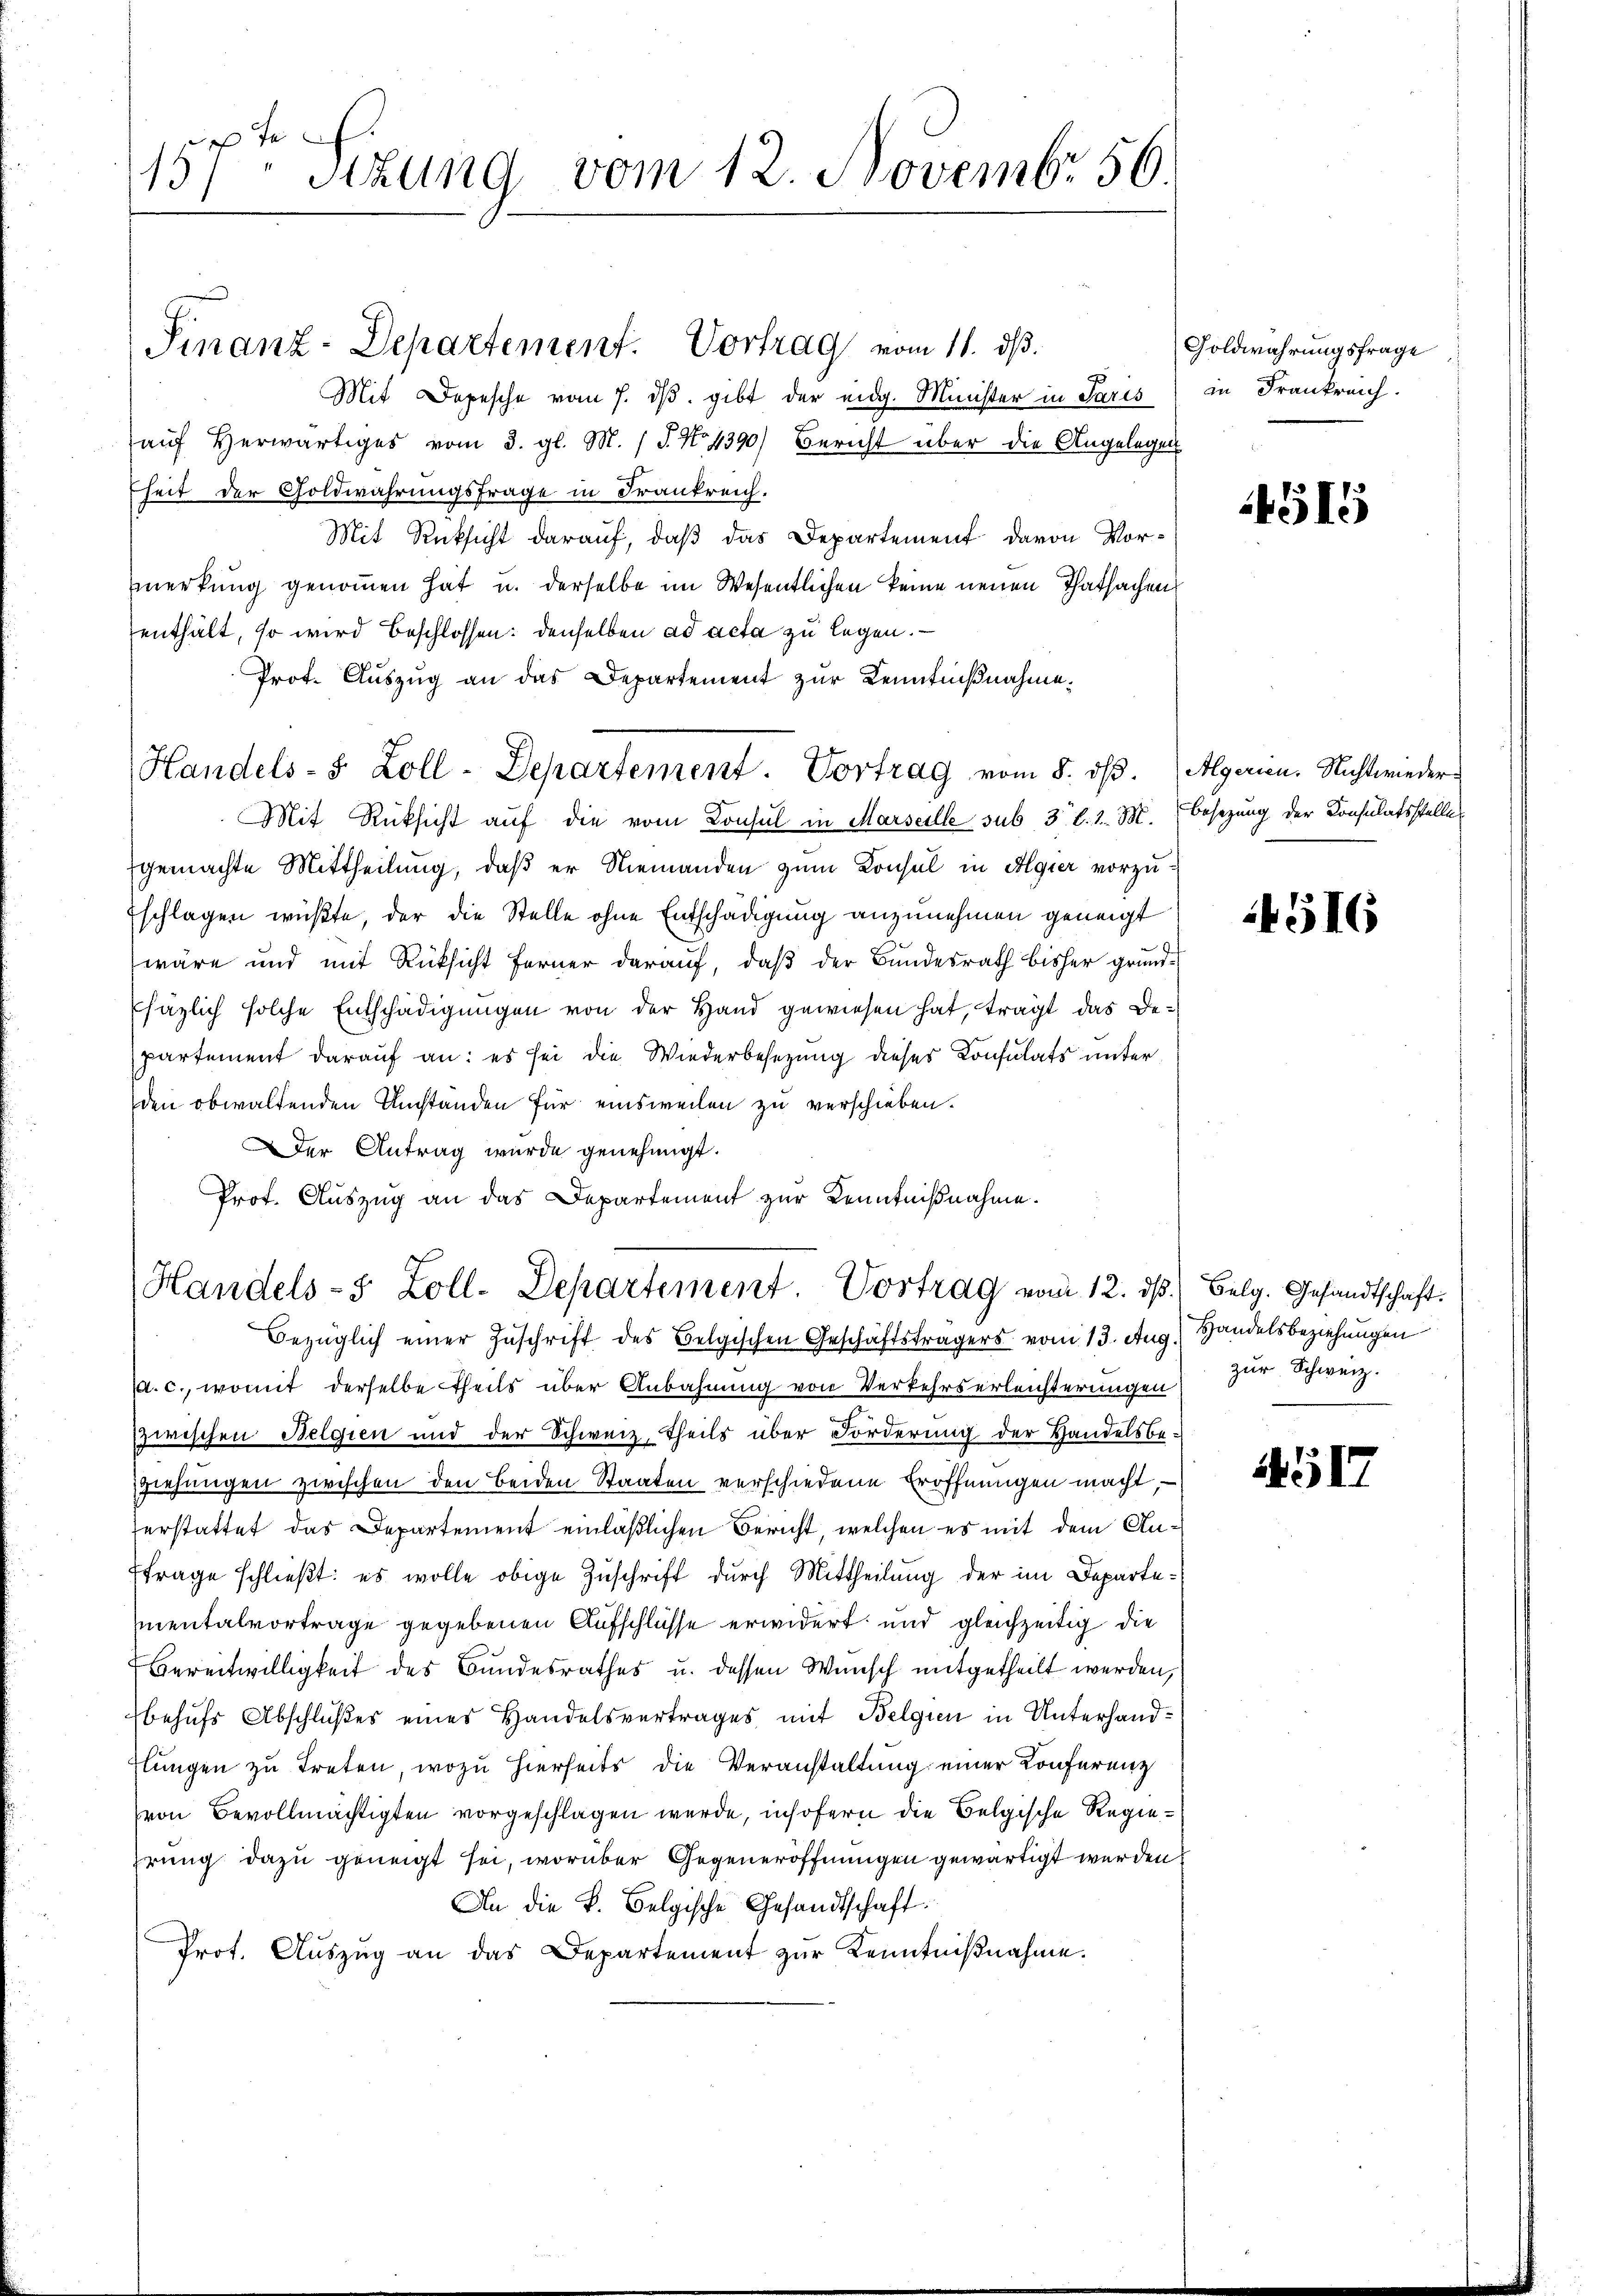
te
13) Sitzung vom 12. Novembr. 56.

Mit Depesche vom 7. dβ. gibt der eidg. Minister in Paris
aŭf herwärtiges vom 3. gl. M. / 5. No 1390) Bericht über die Angelegen
heit der Goldwahrungsfrage in Frankreich.
Mit Rücksicht darauf, daß das Departement davon Vormerkung genommen hat u. derselbe im Wesentlichen keine neuen Thatsachen
enthält, so wird beschlossen: denselben ad acta zu legen.
Prot. Auszug an das Departement zur Kenntnißnahme.
Mit Rüksicht auf die vom Consul in Marseille sub 3 l. 1. M. besezung der Konsulatsstelle
gemachte Mittheilung, daß er Niemanden zum Konsul in Algier vorzu¬
Eschlagen wüßte, der die Stelle ohne Entschädigung anzunehmen geneigt
wäre und mit Rücksicht ferner darauf, daß der Bundesrath bisher grund-
häzlich solche Entschädigŭngen von der Hand gewiesen hat, trägt das De-
partement darauf an: es sei die Wiederbesezung dieses Consulats unter
den obwaltenden Umständen für einsweilen zu verschieben.
der Antrag wurde genehmigt.
Prof. Auszug an das Departement zur Kenntnißnahme.

Finanz-Departement. Vortrag vom 11. ds.

Handels- 5 Zoll-Departement. Vortrag vom 8. dβ. (Algerien. Nichtwieder¬

Handels-5 Zoll-Departement Vortrag vom 12. dβ. Belg. Gesandtschaft.

Bezüglich einer Zŭschrift des Belgischen Geschäftsträgers vom 13. Aug. Handelsbeziehungen
p. c., womit derselbe theils über Anbahnung von Verkehrserleichterungen
zwischen Belgien und der Schweiz. Theils über Forderung der Handelsbe-
ziehungen zwischen den beiden Staaten verschiedene Eröffnungen macht,
erstattet das Departement einläßlichen Bericht, welchen es mit dem Anfrage schließt: es wolle obige Zuschrift durch Mittheilung der im Departementalvortrage gegebenen Aufschlüsse erwidert und gleichzeitig die
Bereitwilligkeit des Bundesrathes u. dessen Wunsch mitgetheilt werden,
behufs Abschlußes eines Handelsvertrages, mit Belgien in Unterhandflungen zu treten, wozu hierseits die Veranstaltung einer Konferenz
(von Bevollmächtigten vorgeschlagen wurde, insofern die Belgische Regiehrung dazu geneigt sei, worüber Gegeneröffnungen gewärtigt werden.
An die k. Belgische Gesandtschaft.
Prot. Aŭszŭg an das Departement zŭr Kenntniβnahme.

Goldwahrungsfrage
in Frankreich.

4515

4516

zur Schweiz.

5